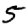
Digit: 5